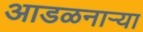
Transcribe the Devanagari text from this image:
आडळनाऱ्या